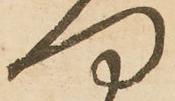
何